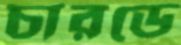
চারডে